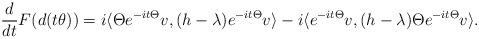
LaTeX: \begin{align*}\frac{d}{dt}F(d(t\theta)) = i \langle \Theta e^{-it\Theta}v, (h-\lambda)e^{-it\Theta}v \rangle - i \langle e^{-it\Theta}v, (h-\lambda)\Theta e^{-it\Theta}v \rangle.\end{align*}